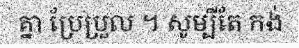
គ្នា ប្រែប្រួល ។ សូម្បីតែ កង់